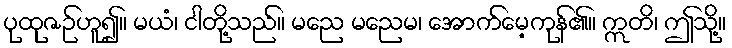
ပုထုဇဉ်ဟူ၍။ မယံ၊ ငါတို့သည်။ မညေ မညေမ၊ အောက်မေ့ကုန်၏။ ဣတိ၊ ဤသို့။